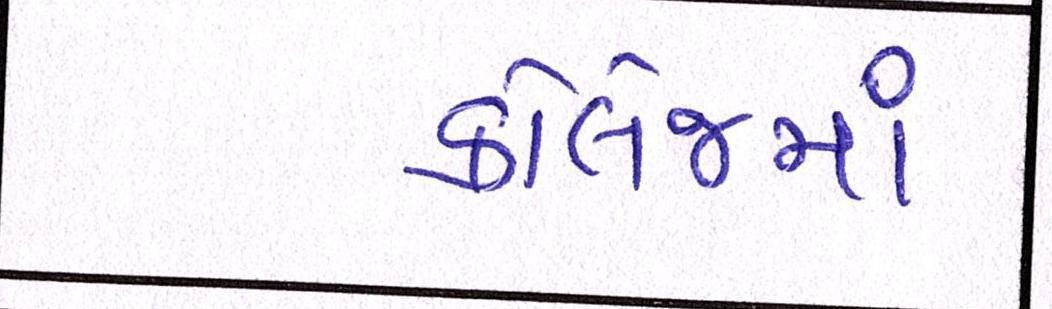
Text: કૉલેજમાં